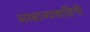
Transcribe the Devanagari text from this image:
साम्राज्यवाहिनी